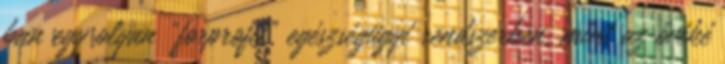
ban egy olyan "forprofit" egészségügyi rendszerben, mint az ővéké